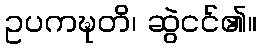
ဥပကဍ္ဎတိ၊ ဆွဲငင်၏။